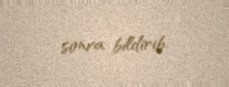
sonra bildirib.